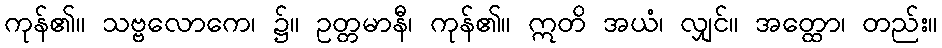
ကုန်၏။ သဗ္ဗလောကေ၊ ၌။ ဥတ္တမာနီ၊ ကုန်၏။ ဣတိ အယံ၊ လျှင်။ အတ္ထော၊ တည်း။